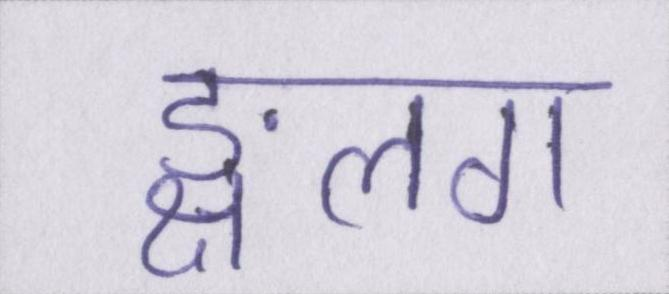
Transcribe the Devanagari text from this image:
ङ्क्षलग